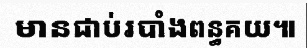
មានជាប់របាំងពន្ធគយ៕